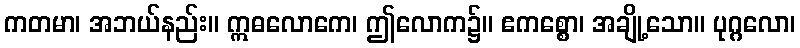
ကတမာ၊ အဘယ်နည်း။ ဣဓလောကေ၊ ဤလောက၌။ ဧကစ္စော၊ အချို့သော။ ပုဂ္ဂလော၊